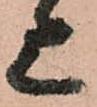
上